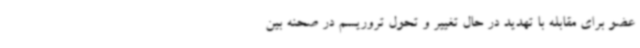
عضو برای مقابله با تهدید در حال تغییر و تحول تروریسم در صحنه بین‌